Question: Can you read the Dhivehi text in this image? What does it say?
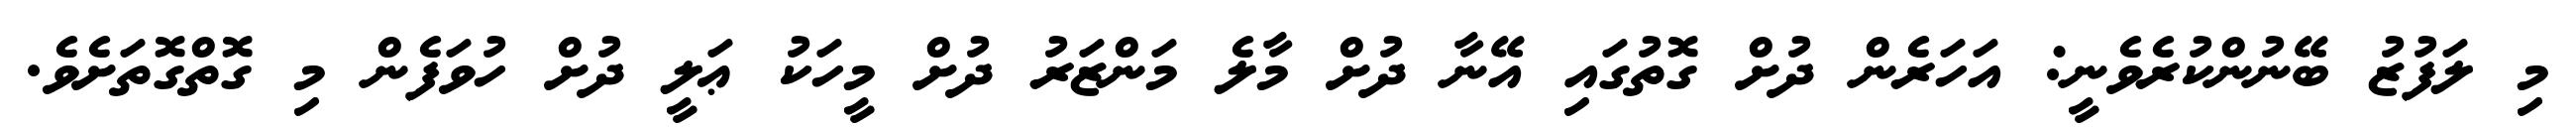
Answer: މި ލަފުޒު ބޭނުންކުރެވެނީ: އަހަރެން ދުށް ގޮތުގައި އޭނާ ދުށް މާލެ މަންޒަރު ދުށް މީހަކު ޢަލީ ދުށް ހުވަފެން މި ގޮތްގޮތަށެވެ.